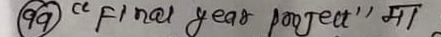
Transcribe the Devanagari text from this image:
१७ "a final year project" मा